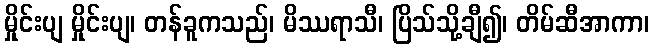
မှိုင်းပျ မှိုင်းပျ၊ တန်ခူကသည်၊ မိဿရာသီ၊ ပြိသ်သို့ချီ၍၊ တိမ်ဆီအာကာ၊